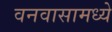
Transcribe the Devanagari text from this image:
वनवासामध्ये